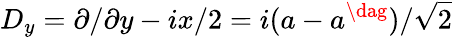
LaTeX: D_{y}={\partial}/{\partial y}-{i}x/{2}={i}(a-a^{\dag})/{\sqrt{2}}